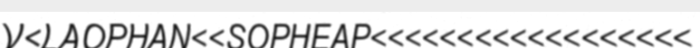
V<LAOPHAN<<SOPHEAP<<<<<<<<<<<<<<<<<<